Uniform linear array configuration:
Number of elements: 48
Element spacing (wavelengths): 0.5
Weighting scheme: exponential
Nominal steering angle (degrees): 30
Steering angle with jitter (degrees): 31.596
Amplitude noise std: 0.05
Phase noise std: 0.05

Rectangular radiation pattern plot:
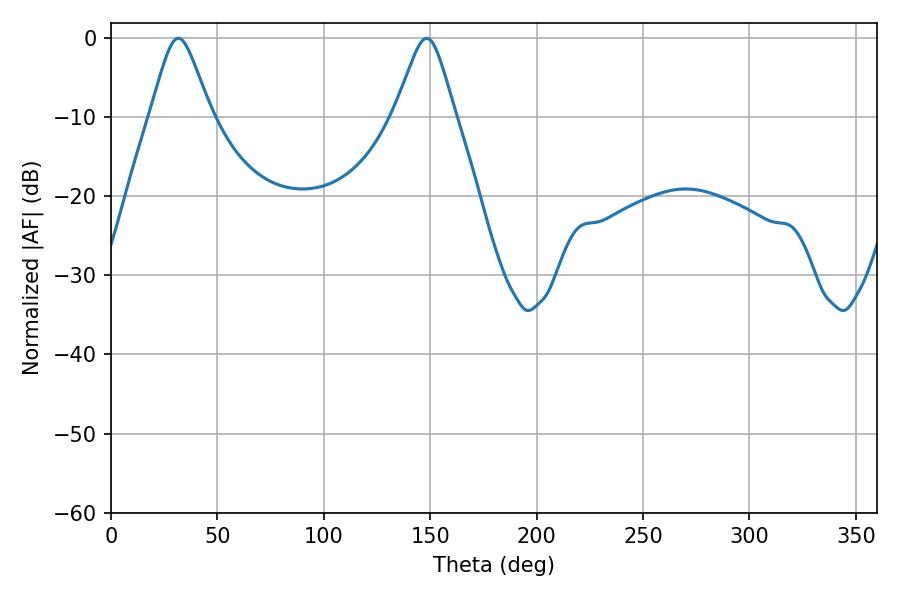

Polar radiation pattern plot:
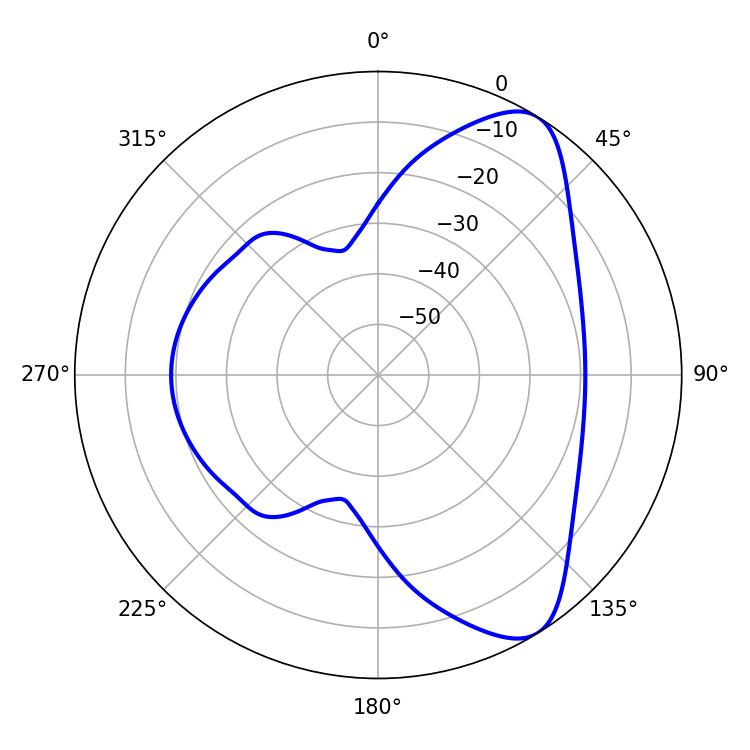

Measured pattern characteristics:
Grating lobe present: FALSE
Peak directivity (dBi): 8.035
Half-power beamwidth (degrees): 13.68
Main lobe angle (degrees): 31.68